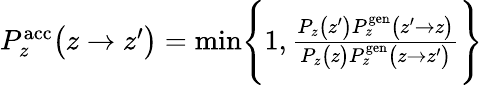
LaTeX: \begin{array}{r}{P_{z}^{\mathrm{acc}}\bigl(z\to z^{\prime}\bigr)=\operatorname*{min}\Biggl\{ 1,\frac{P_{z}\bigl(z^{\prime}\bigr)P_{z}^{\mathrm{gen}}\bigl(z^{\prime}\to z\bigr)}{P_{z}\bigl(z\bigr)P_{z}^{\mathrm{gen}}\bigl(z\to z^{\prime}\bigr)}\Biggr\} }\end{array}